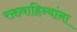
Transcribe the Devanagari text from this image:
रक्तवाहिन्यांना